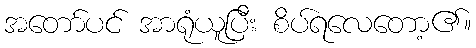
အတော်ပင် အာရုံယူပြီး စိပ်ရလေတော့၏။